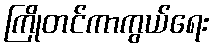
ကြိုတင်ကာကွယ်ရေး